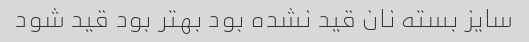
سایز بسته نان قید نشده بود بهتر بود قید شود